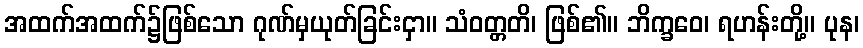
အထက်အထက်၌ဖြစ်သော ဂုဏ်မှယုတ်ခြင်းငှာ။ သံဝတ္တတိ၊ ဖြစ်၏။ ဘိက္ခဝေ၊ ရဟန်းတို့။ ပုန၊